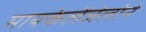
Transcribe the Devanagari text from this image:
मायकेलेंजेलोने